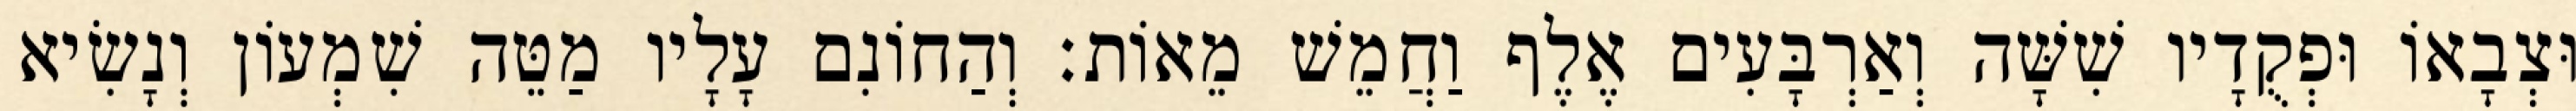
וּצְבָאוֹ וּפְקֻדָיו שִׁשָּׁה וְאַרְבָּעִים אֶלֶף וַחֲמֵשׁ מֵאוֹת׃ וְהַחוֹנִם עָלָיו מַטֵּה שִׁמְעוֹן וְנָשִׂיא